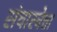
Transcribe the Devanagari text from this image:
संचारवेत्ता